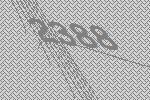
2388